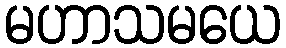
မဟာသမယေ